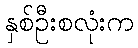
နှစ်ဦးစလုံးက